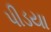
પીડયા